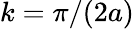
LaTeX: k=\pi/(2a)